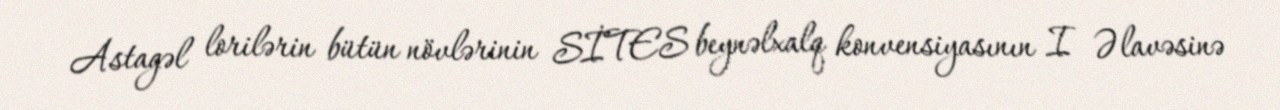
Astagəl lorilərin bütün növlərinin SİTES beynəlxalq konvensiyasının I Əlavəsinə